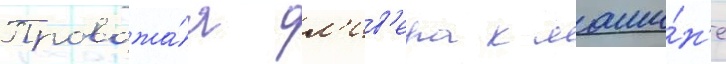
Провожа́я ол'ив'ера к маши́н'е